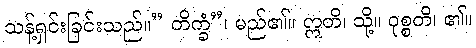
သန့်ရှင်းခြင်းသည်။” တိက္ခံ”၊ မည်၏။ ဣတိ၊ သို့။ ဝုစ္စတိ၊ ၏။